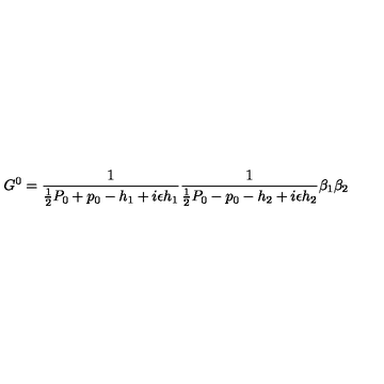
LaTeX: G ^ { 0 } = { \frac { 1 } { { \frac { 1 } { 2 } } P _ { 0 } + p _ { 0 } - h _ { 1 } + i \epsilon h _ { 1 } } } { \frac { 1 } { { \frac { 1 } { 2 } } P _ { 0 } - p _ { 0 } - h _ { 2 } + i \epsilon h _ { 2 } } } \beta _ { 1 } \beta _ { 2 }